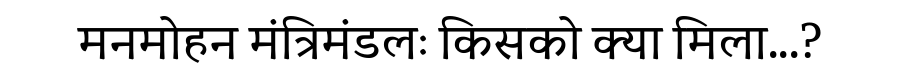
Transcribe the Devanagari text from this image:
मनमोहन मंत्रिमंडलः किसको क्या मिला...?